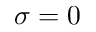
\sigma = 0